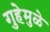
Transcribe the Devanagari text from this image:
गुहेमुळे